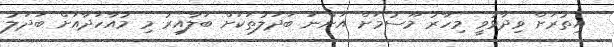
އިތުރަށް ވިދާޅުވީ މިހާރު މޫސުމަށް އަންނަ ބަދަލުތަކަށް ބަލާއިރު މި މުއާހަދާއަށް ބަދަލު